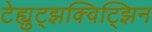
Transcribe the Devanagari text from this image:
टेह्युट्झक्विट्झिन